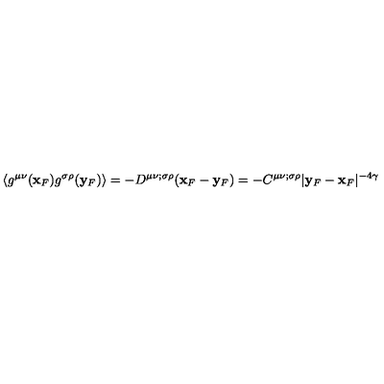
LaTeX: \langle g ^ { \mu \nu } ( { \bf x } _ { F } ) g ^ { \sigma \rho } ( { \bf y } _ { F } ) \rangle = - D ^ { \mu \nu ; \sigma \rho } ( { \bf x } _ { F } - { \bf y } _ { F } ) = - C ^ { \mu \nu ; \sigma \rho } \vert { \bf y } _ { F } - { \bf x } _ { F } \vert ^ { - 4 \gamma }